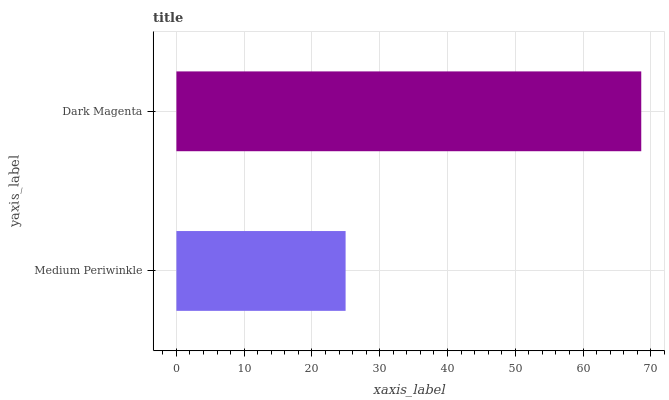
| yaxis_label | bars |
 | --- | --- |
 | Medium Periwinkle | 25 |
 | Dark Magenta | 68.6 |